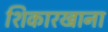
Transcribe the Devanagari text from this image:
शिकारखाना